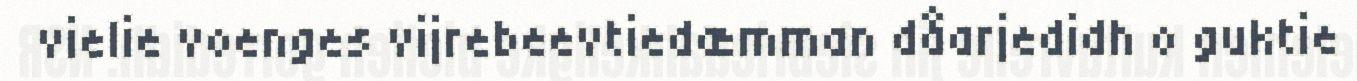
vielie voenges vijrebeevtiedæmman dåarjedidh o guktie